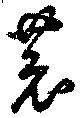
恭